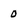
Character: 0